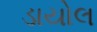
ડાયોલ